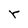
Character: r